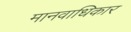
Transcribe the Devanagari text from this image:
मानवाधिकार